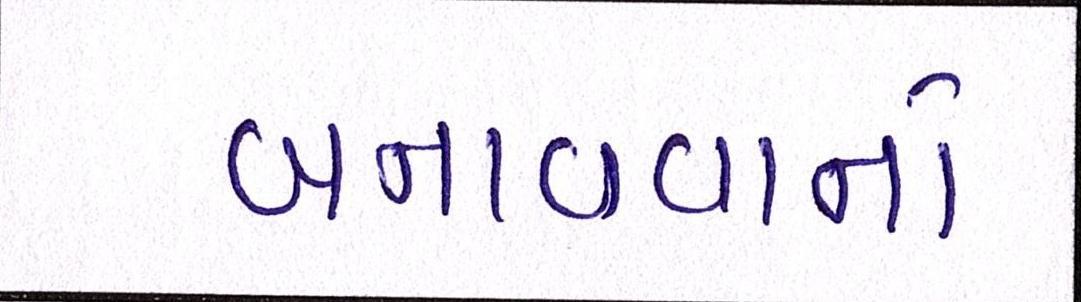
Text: બનાવવાનો